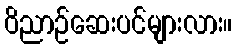
ဝိညာဉ်ဆေးပင်များလား။